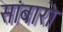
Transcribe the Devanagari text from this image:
सांबारो